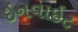
ઇનવાઇટ